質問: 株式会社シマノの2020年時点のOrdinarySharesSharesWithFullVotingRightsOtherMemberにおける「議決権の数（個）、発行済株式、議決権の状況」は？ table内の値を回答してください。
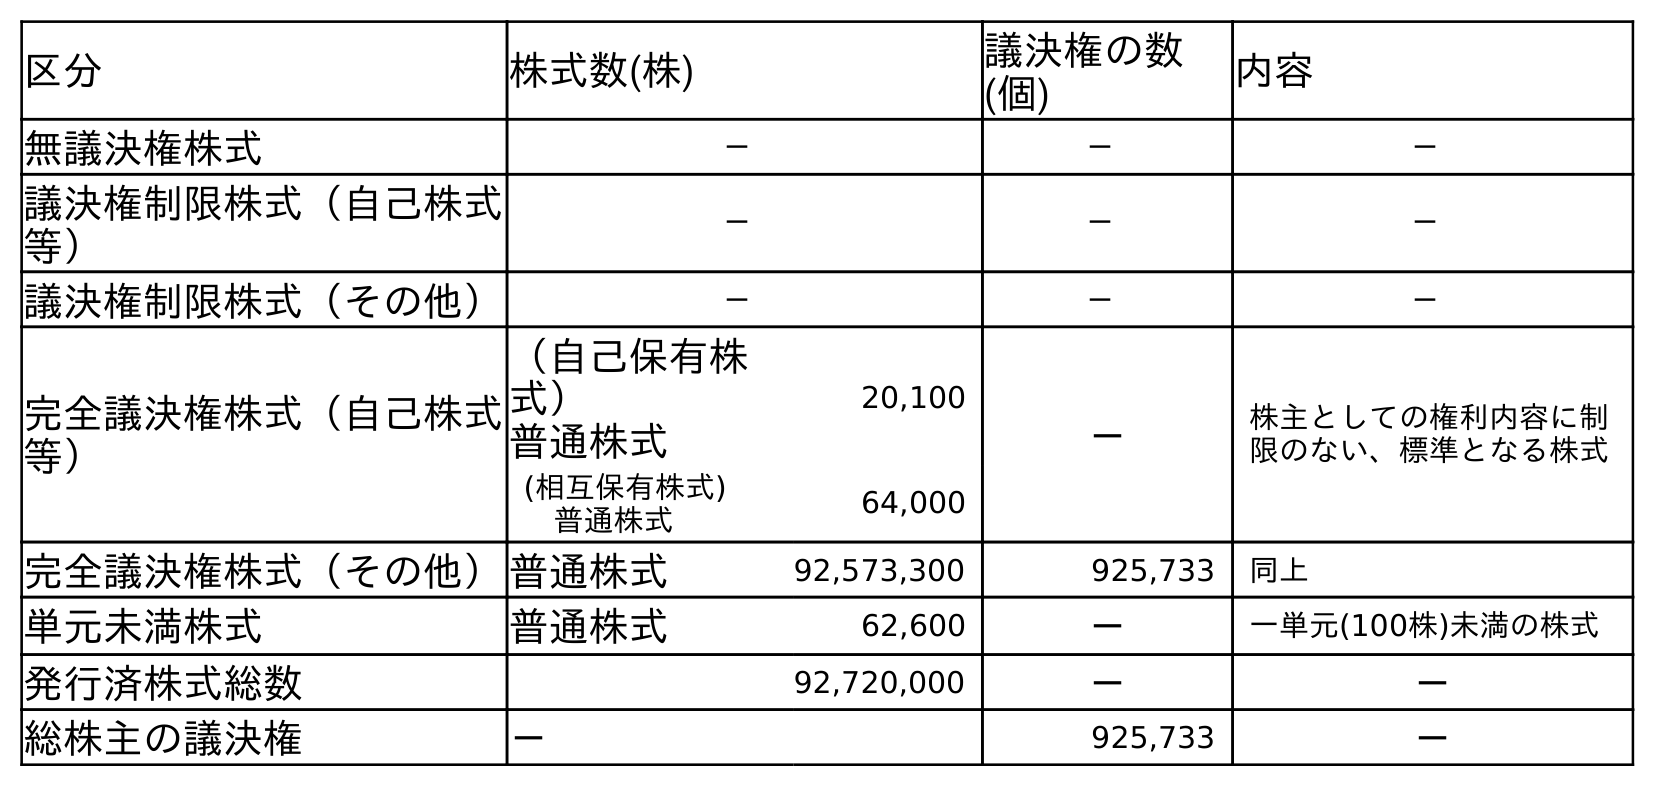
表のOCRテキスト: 区分 株式数(株) 議決権の数 (個) 内容 無議決権株式 － － － 議決権制限株式（自己株式 等） － － － 議決権制限株式（その他） － － － 完全議決権株式（自己株式 等） （自己保有株 式） 普通株式 20,100 － 株主としての権利内容に制 限のない、標準となる株式 (相互保有株式) 普通株式 64,000 完全議決権株式（その他）普通株式 92,573,300 925,733 同上 単元未満株式 普通株式 62,600 － 一単元(100株)未満の株式 発行済株式総数 92,720,000 － － 総株主の議決権 － 925,733 －
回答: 925,733